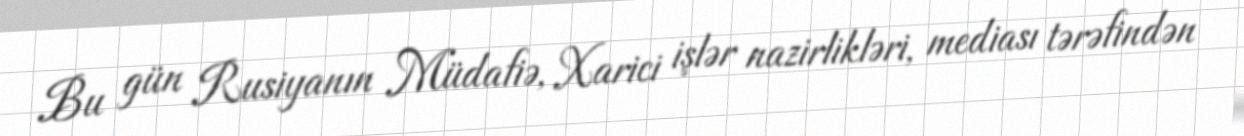
Bu gün Rusiyanın Müdafiə, Xarici işlər nazirlikləri, mediası tərəfindən